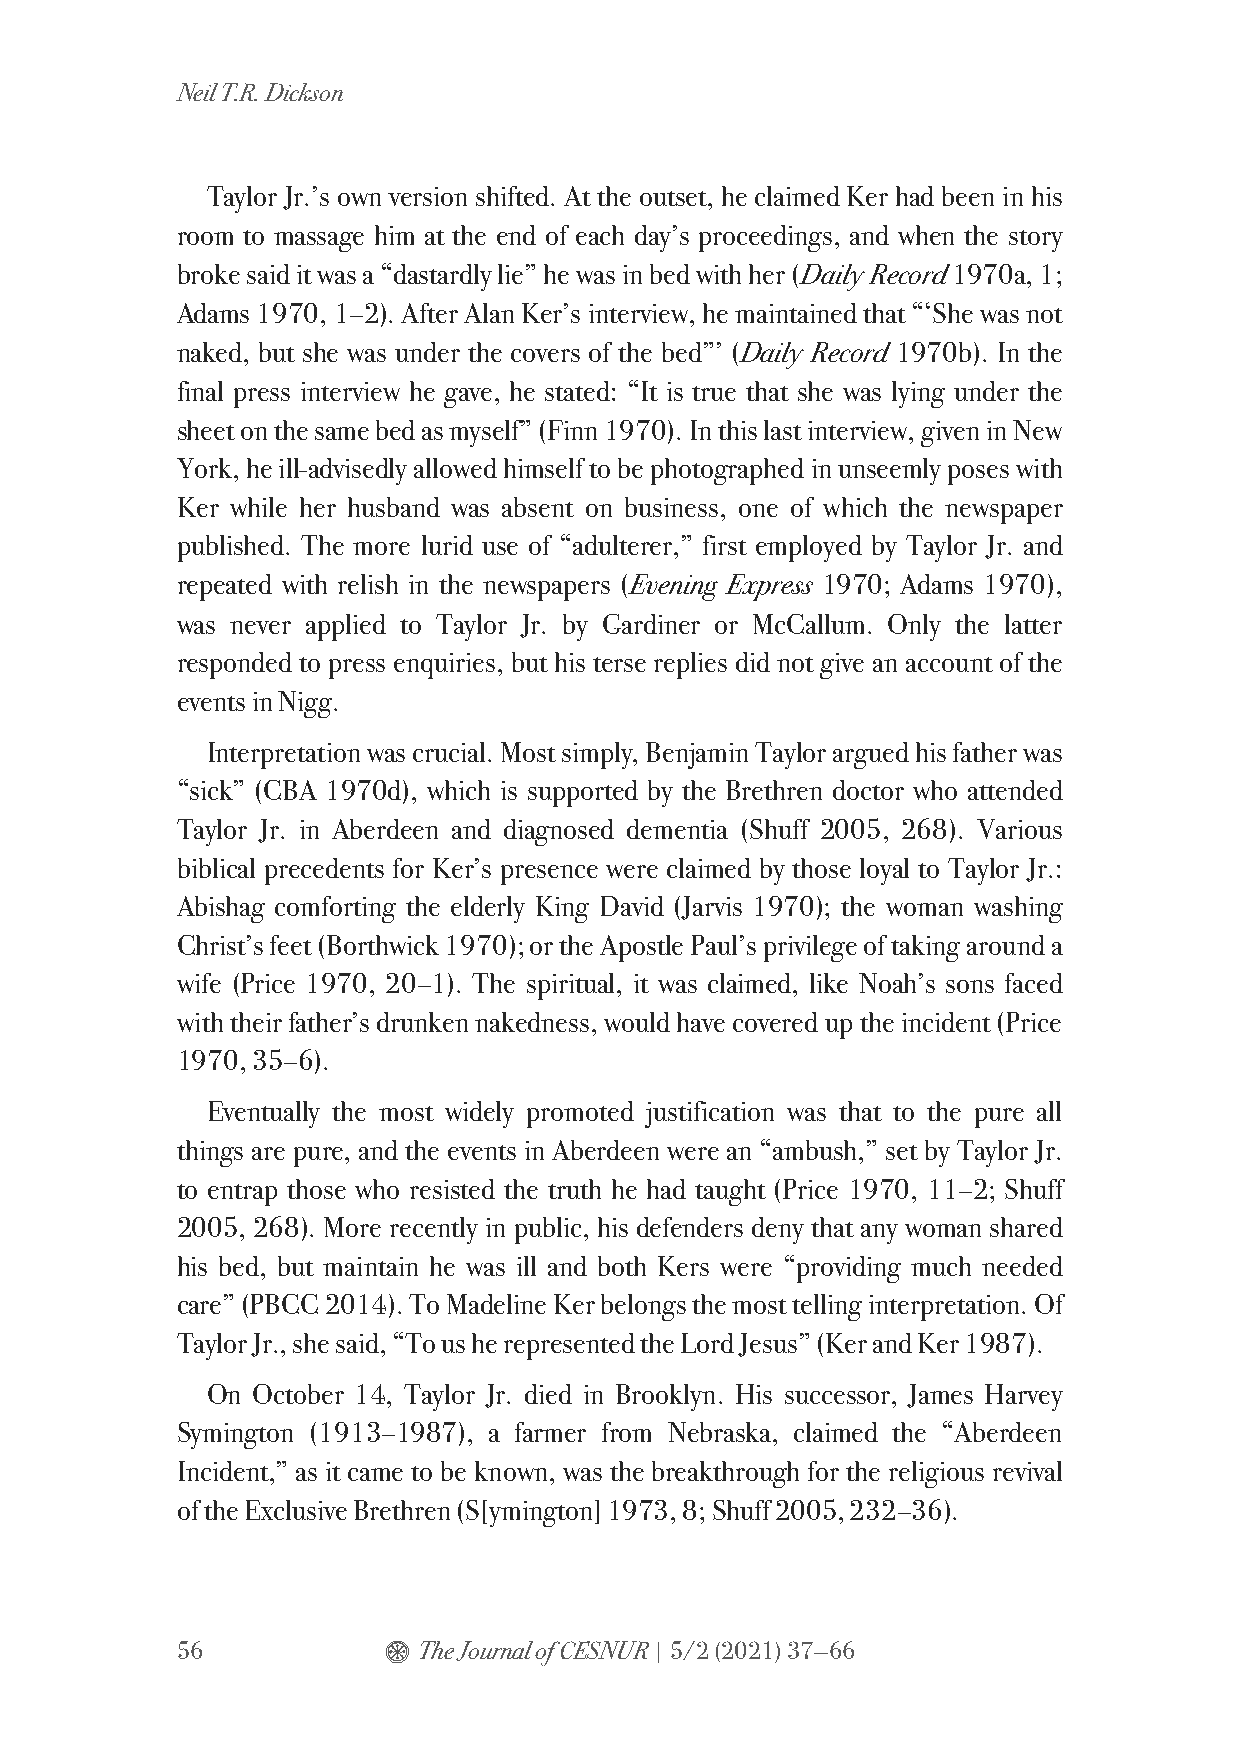
Neil T.R. Dickson
 Taylor Jr.’s own version shifted. At the outset, he claimed Ker had been in his
 room to massage him at the end of each day’s proceedings, and when the story
 broke said it was a “dastardly lie” he was in bed with her (Daily Record 1970a, 1;
 Adams 1970, 1–2). After Alan Ker’s interview, he maintained that “‘She was not
 naked, but she was under the covers of the bed”’ (Daily Record 1970b). In the
 final press interview he gave, he stated: “It is true that she was lying under the
 sheet on the same bed as myself” (Finn 1970). In this last interview, given in New
 York, he ill-advisedly allowed himself to be photographed in unseemly poses with
 Ker while her husband was absent on business, one of which the newspaper
 published. The more lurid use of “adulterer,” first employed by Taylor Jr. and
 repeated with relish in the newspapers (Evening Express 1970; Adams 1970),
 was never applied to Taylor Jr. by Gardiner or McCallum. Only the latter
 responded to press enquiries, but his terse replies did not give an account of the
 events in Nigg.
 Interpretation was crucial. Most simply, Benjamin Taylor argued his father was
 “sick” (CBA 1970d), which is supported by the Brethren doctor who attended
 Taylor Jr. in Aberdeen and diagnosed dementia (Shuff 2005, 268). Various
 biblical precedents for Ker’s presence were claimed by those loyal to Taylor Jr.:
 Abishag comforting the elderly King David (Jarvis 1970); the woman washing
 Christ’s feet (Borthwick 1970); or the Apostle Paul’s privilege of taking around a
 wife (Price 1970, 20–1). The spiritual, it was claimed, like Noah’s sons faced
 with their father’s drunken nakedness, would have covered up the incident (Price
 1970, 35–6).
 Eventually the most widely promoted justification was that to the pure all
 things are pure, and the events in Aberdeen were an “ambush,” set by Taylor Jr.
 to entrap those who resisted the truth he had taught (Price 1970, 11–2; Shuff
 2005, 268). More recently in public, his defenders deny that any woman shared
 his bed, but maintain he was ill and both Kers were “providing much needed
 care” (PBCC 2014). To Madeline Ker belongs the most telling interpretation. Of
 Taylor Jr., she said, “To us he represented the Lord Jesus” (Ker and Ker 1987).
 On October 14, Taylor Jr. died in Brooklyn. His successor, James Harvey
 Symington (1913–1987), a farmer from Nebraska, claimed the “Aberdeen
 Incident,” as it came to be known, was the breakthrough for the religious revival
 of the Exclusive Brethren (S[ymington] 1973, 8; Shuff 2005, 232–36).
 56           $  The Journal of CESNUR | 5/2 (2021) 37—66